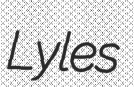
Lyles